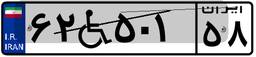
۶۲W۵۰۱۵۸